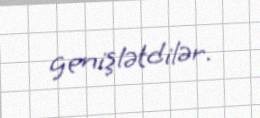
genişlətdilər.